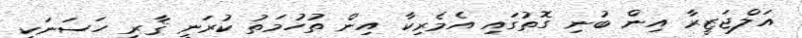
އަލްޖަޒީރާ އިން ބުނި ގޮތުގައި އެެމެެރިކާ އިން ތުހުމަތު ކުރަނީ ޤާރީ ހަސަނަކީ